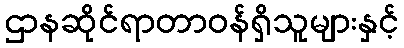
ဌာနဆိုင်ရာတာဝန်ရှိသူများနှင့်